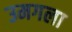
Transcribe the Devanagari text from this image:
उमगला